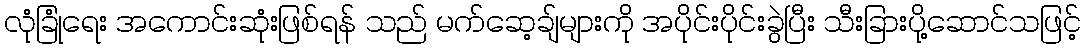
လုံခြုံရေး အကောင်းဆုံးဖြစ်ရန် သည် မက်ဆေ့ချ်များကို အပိုင်းပိုင်းခွဲပြီး သီးခြားပို့ဆောင်သဖြင့်